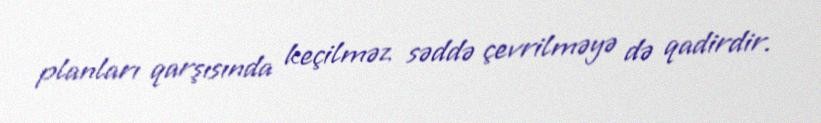
planları qarşısında keçilməz səddə çevrilməyə də qadirdir.